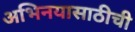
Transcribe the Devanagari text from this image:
अभिनयासाठीची